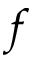
f